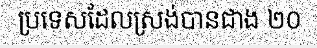
ប្រទេសដែលស្រង់បានជាង ២០